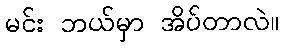
မင်း ဘယ်မှာ အိပ်တာလဲ။